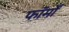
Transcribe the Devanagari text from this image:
फाॅर्मों